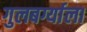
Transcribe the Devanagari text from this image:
गुलबर्ग्याला